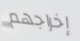
إخراجهم